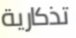
تذكارية